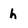
Character: h